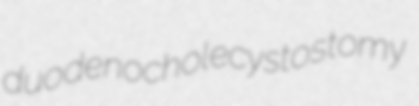
duodenocholecystostomy